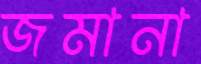
জমানা